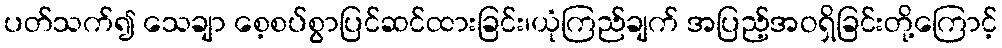
ပတ်သက်၍ သေချာ စေ့စပ်စွာပြင်ဆင်ထားခြင်း၊ယုံကြည်ချက် အပြည့်အဝရှိခြင်းတို့ကြောင့်